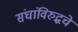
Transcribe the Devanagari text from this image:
संघांविरुद्धचे